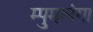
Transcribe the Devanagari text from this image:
म्पुमलंगा